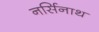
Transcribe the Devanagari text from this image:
नर्सिनाथ